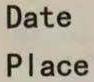
Date
Place